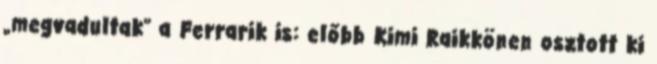
„megvadultak” a Ferrarik is: előbb Kimi Raikkönen osztott ki